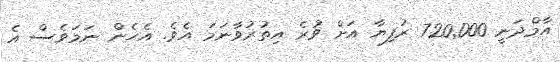
އާމްދަނީ 720